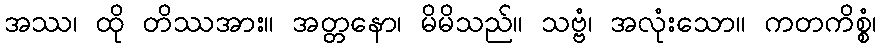
အဿ၊ ထို တိဿအား။ အတ္တနော၊ မိမိသည်။ သဗ္ဗံ၊ အလုံးသော။ ကတကိစ္စံ၊